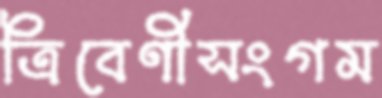
ত্রিবেণীসংগম